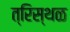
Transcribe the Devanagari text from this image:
त्रिस्थळ